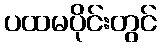
ပထမပိုင်းတွင်